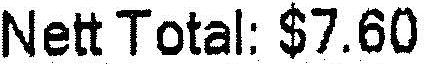
NETT TOTAL: $7.60